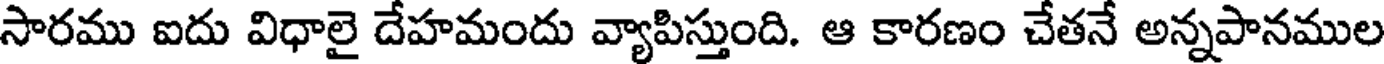
సారము ఐదు విధాలై దేహమందు వ్యాపిస్తుంది. ఆ కారణం చేతనే అన్నపానముల